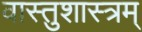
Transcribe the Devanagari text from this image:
वास्तुशास्त्रम्‌